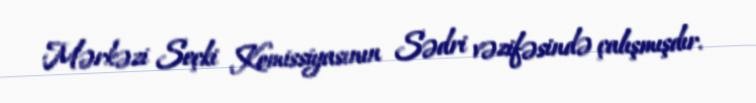
Mərkəzi Seçki Komissiyasının Sədri vəzifəsində çalışmışdır.